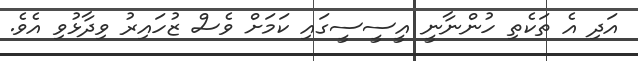
އަދި އެ ތަކެތި ހުންނާނީ އީސީސީގައި ކަމަށް ވެސް ޒުހައިރު ވިދާޅުވި އެވެ.